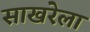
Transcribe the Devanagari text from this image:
साखरेला